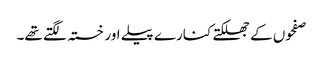
صفحوں کے جھلکتے کنارے پیلے اور خستہ لگتے تھے۔